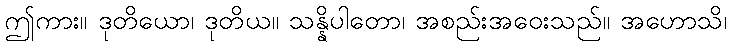
ဤကား။ ဒုတိယော၊ ဒုတိယ။ သန္နိပါတော၊ အစည်းအဝေးသည်။ အဟောသိ၊